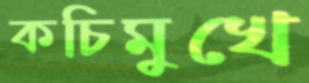
কচিমুখে